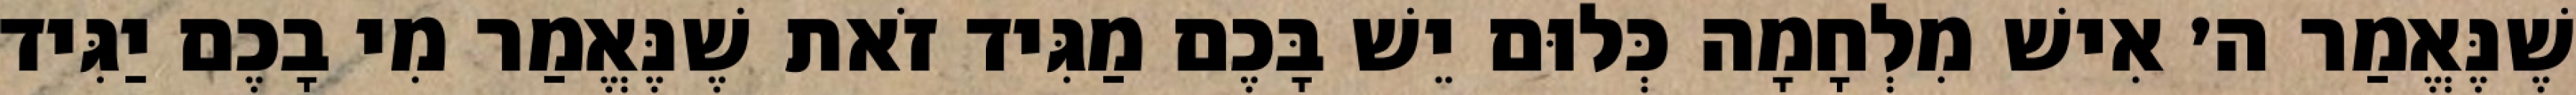
שֶׁנֶּאֱמַר ה׳ אִישׁ מִלְחָמָה כְּלוּם יֵשׁ בָּכֶם מַגִּיד זֹאת שֶׁנֶּאֱמַר מִי בָכֶם יַגִּיד